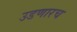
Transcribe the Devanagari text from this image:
उडणारच